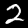
Digit: 2